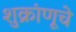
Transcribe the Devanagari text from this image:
शुक्रांणूचे